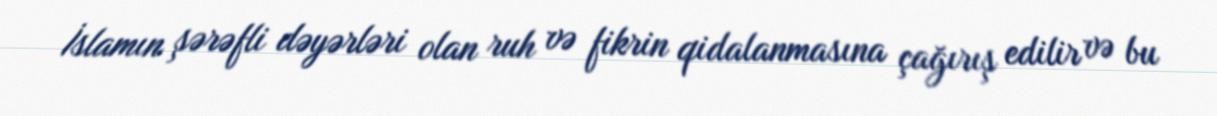
İslamın şərəfli dəyərləri olan ruh və fikrin qidalanmasına çağırış edilir və bu